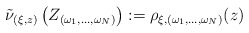
\begin{align*}\tilde{\nu} _{(\xi, z )} \left( Z _{(\omega _1 , \ldots , \omega _N )} \right) := \rho _{ \xi , (\omega _1 , \ldots , \omega _N )} ( z )\end{align*}